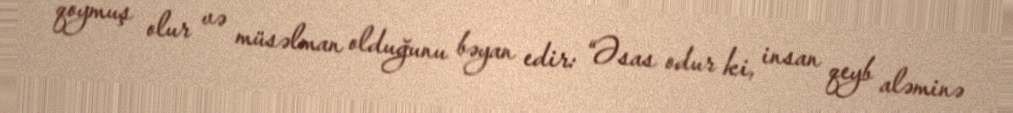
qoymuş olur və müsəlman olduğunu bəyan edir: “Əsas odur ki, insan qeyb aləminə